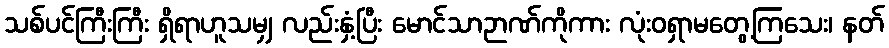
သစ်ပင်ကြီးကြီး ရှိရာဟူသမျှ လည်းနှံ့ပြီး မောင်သာဉာဏ်ကိုကား လုံးဝရှာမတွေ့ကြသေး၊ နတ်